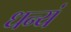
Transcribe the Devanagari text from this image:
धन्यं